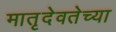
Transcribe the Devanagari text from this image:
मातृदेवतेच्या